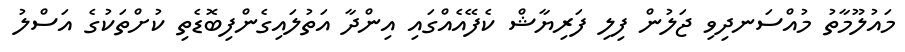
މައުލޫމާތު މުއްސަނދިވި ޖަލުން ފިލި ފަރިޔާޝް ކެފޭއެއްގައި އިންދާ އަތުލައިގެންފިބޮޑެތި ކުށްތަކުގެ އަސްލު